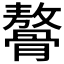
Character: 𩪋